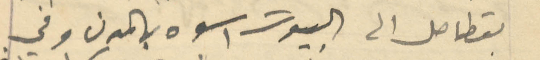
بقطاصل الى البيوت اسوه بالمدن وفي